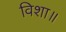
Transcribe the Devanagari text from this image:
विशा॥